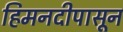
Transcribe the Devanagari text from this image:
हिमनदीपासून